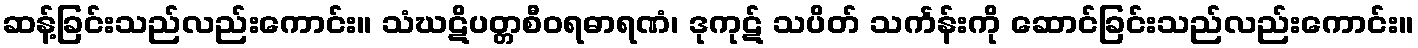
ဆန့်ခြင်းသည်လည်းကောင်း။ သံဃဋိပတ္တစီဝရဓာရဏံ၊ ဒုကုဋ် သပိတ် သင်္ကန်းကို ဆောင်ခြင်းသည်လည်းကောင်း။